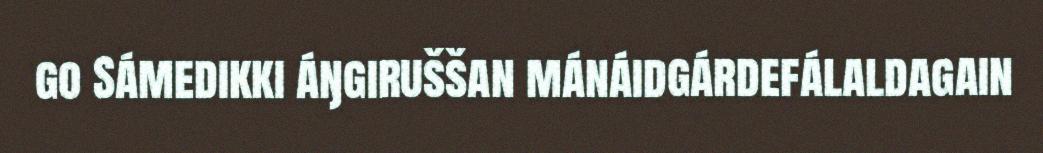
go Sámedikki áŋgiruššan mánáidgárdefálaldagain